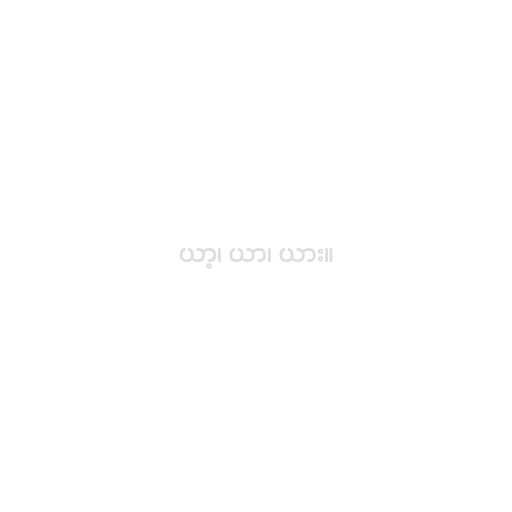
ယာ့၊ ယာ၊ ယား။